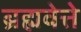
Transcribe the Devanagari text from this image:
ब्रह्मवेत्ते